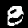
Digit: 8